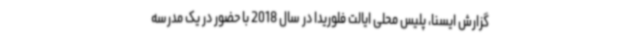
گزارش ایسنا، پلیس محلی ایالت فلوریدا در سال 2018 با حضور در یک مدرسه